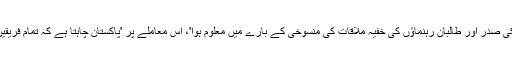
انہوں نے کہا کہ 'پاکستان کو کیمپ ڈیوڈ میں امریکی صدر اور طالبان رہنماؤں کی خفیہ ملاقات کی منسوخی کے بارے میں معلوم ہوا'، اس معاملے پر 'پاکستان چاہتا ہے کہ تمام فریقین تحمل کا مظاہرہ کریں اور تشدد سے گریز کریں'۔